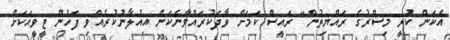
އެކަން ކުރީ މިސްރުގެ ރައްޔިތުން" ރައީސް ކަމަށް ވާދަކުރައްވާނެކަން އިއުލާނުކުރެއްވި ފަހުން ޓީވީއަކަށް